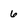
Character: 6